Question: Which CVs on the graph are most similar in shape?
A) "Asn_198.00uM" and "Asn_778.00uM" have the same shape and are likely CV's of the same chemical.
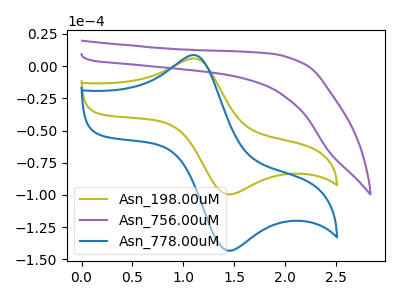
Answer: <think>The olive curve "Asn_198.00uM" has an anodic peak at (1.10V, 5.90uA) and a cathodic peak at (1.45V, -99.65uA). The purple curve "Asn_756.00uM" has no peaks. The blue curve "Asn_778.00uM" has an anodic peak at (1.10V, 8.45uA) and a cathodic peak at (1.45V, -143.40uA).
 "Asn_198.00uM" and "Asn_756.00uM" have a different number of peaks. All the peaks in "Asn_198.00uM" have a peak in "Asn_778.00uM" at the same potential. Every peak in "Asn_198.00uM" is lower than every peak in "Asn_778.00uM". "Asn_756.00uM" and "Asn_778.00uM" have a different number of peaks.</think>
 <answer>A) "Asn_198.00uM" and "Asn_778.00uM" have the same shape and are likely CV's of the same chemical.</answer>
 <eval>A</eval>